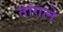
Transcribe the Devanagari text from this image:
तांगले